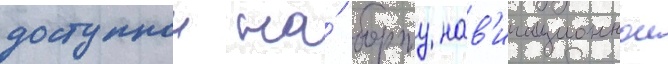
доступнои на́ борту нав'игационнои